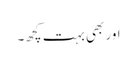
اور بھی بہت کچھ۔